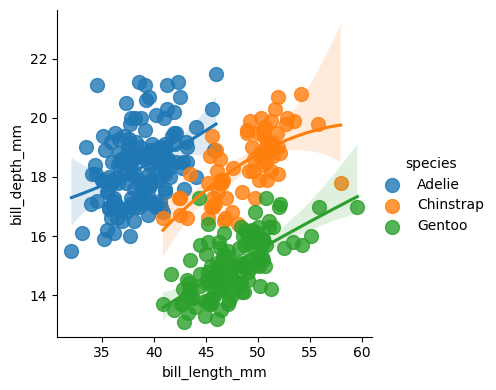
python, seaborn, lmplot, aspect=1.0, order=2, markers='o'